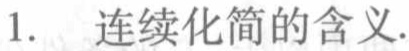
1. 连续化简的含义.